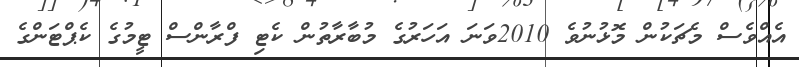
އެއްވެސް މެޗަކުން މޮޅުނުވެ 2010ވަނަ އަހަރުގެ މުބާރާތުން ކެޓި ފްރާންސް ޓީމުގެ ކެޕްޓަންގެ